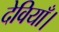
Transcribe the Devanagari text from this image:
देवियाँ।